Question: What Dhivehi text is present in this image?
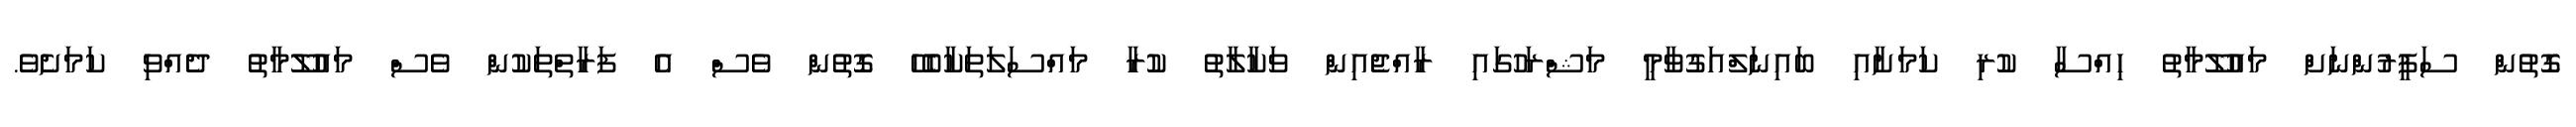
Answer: ގޮތުން ސަފީރުންނަށް މައުލޫމާތު ހިއްސާ ކުރި ކަމަށާއި ބައިނަލްއަގުވާމީ މަޝްރަހުގައި ރާއްޖެއިން ވަކާލާތު ކުރާ މައްސަލަތަކާބެހޭ ގޮތުން ވެސް އެ ފަރާތްތަކުން ވެސް މައުލޫމާތު ދެއްވި ކަމަށެވެ.